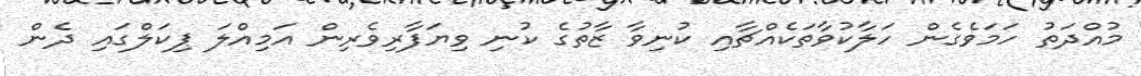
މުއްދަތު ހަމަވެގެން ހަލާކުވާތަކެއްޗާއި ކުނިވާ ޒާތުގެ ކުނި ވިޔަފާރިވެރިން އަމިއްލަ ޕިކަލްގައި ދެން